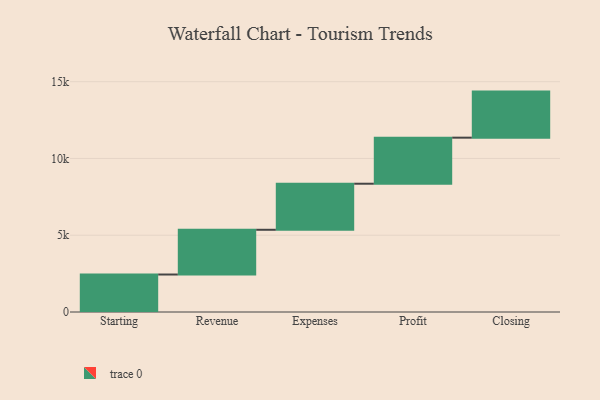
{"axis": {"x": "Step", "y": "Value"}, "legend": [""], "data": [{"x": "Starting", "y": 2442.0, "type": ""}, {"x": "Revenue", "y": 2913.0, "type": ""}, {"x": "Expenses", "y": 3000, "type": ""}, {"x": "Profit", "y": 3000, "type": ""}, {"x": "Closing", "y": 3000, "type": ""}]}